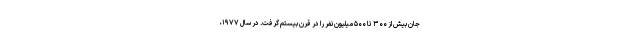
جان بیش از ۳۰۰ تا ۵۰۰ میلیون نفر را در قرن بیستم گرفت. در سال ۱۹۷۷،